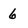
Character: 6